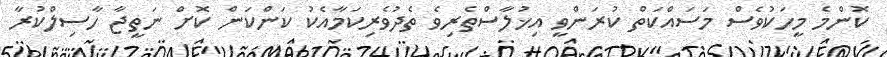
ކޮންމެ މީހަކުވެސް މަސައްކަތް ކުރަންވީ އިޚުލާސްތެރިވެ ތެދުވެރިކަމާއެކު ކަންކަން ކޮށް ނަތީޖާ ހާސިލްކުރާ